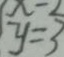
y = 3